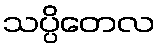
သပ္ပိတေလ